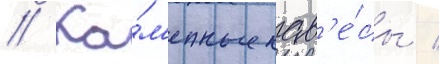
// Ка́м'енные нав'е́сы /